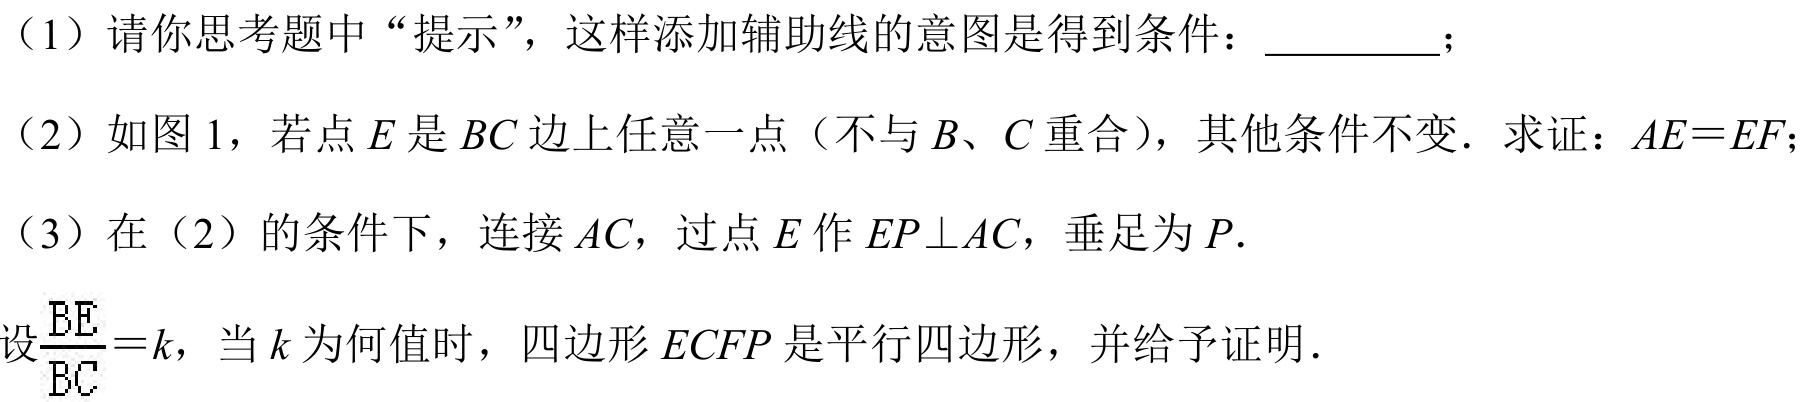
（1）请你思考题中“提示”，这样添加辅助线的意图是得到条件：  ；
（2）如图1，若点\(E\)是\(BC\)边上任意一点（不与\(B、C\)重合），其他条件不变．求证：\(AE = EF\)；
（3）在（2）的条件下，连接\(AC\)，过点\(E\)作\(EP\bot AC\)，垂足为\(P\).
设\(\frac{BE}{BC}=k\)，当\(k\)为何值时，四边形\(ECFP\)是平行四边形，并给予证明．